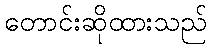
တောင်းဆိုထားသည်